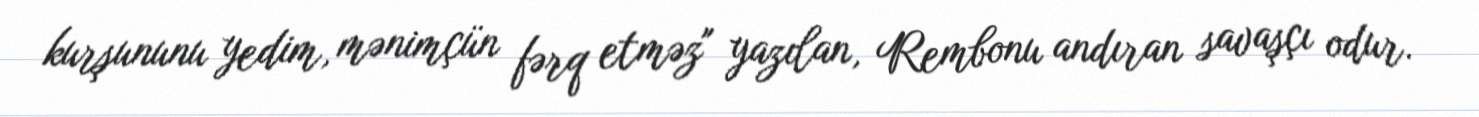
kurşununu yedim, mənimçün fərq etməz" yazılan, Rembonu andıran savaşçı odur.